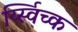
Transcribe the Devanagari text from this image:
र्य्स्विच्क